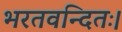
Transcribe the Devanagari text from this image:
भरतवन्दितः।